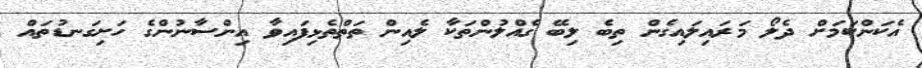
އެކަންކަމަށް ދެލޯ މަރައިލައިގެން ތިބެ ލިބޭ ގެއްލުންތަކާ ލެއިން ތަތްތެޅިފައިވާ އިންސާނުންގެ ހަށިގަނޑުތައް